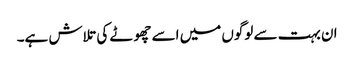
ان بہت سے لوگوں میں اسے چھوٹے کی تلاش ہے۔